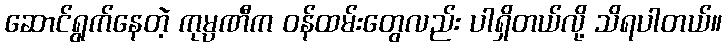
ဆောင်ရွက်နေတဲ့ ကုမ္ပဏီက ဝန်ထမ်းတွေလည်း ပါရှိတယ်လို့ သိရပါတယ်။